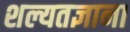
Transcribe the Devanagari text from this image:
शल्यतज्ञाना